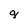
Character: g